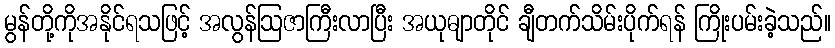
မွန်တို့ကိုအနိုင်ရသဖြင့် အလွန်ဩဇာကြီးလာပြီး အယုဓျာတိုင် ချီတက်သိမ်းပိုက်ရန် ကြိုးပမ်းခဲ့သည်။